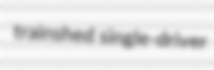
trainshed single-driver